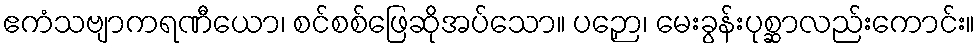
ဧကံသဗျာကရဏီယော၊ စင်စစ်ဖြေဆိုအပ်သော။ ပဉှော၊ မေးခွန်းပုစ္ဆာလည်းကောင်း။